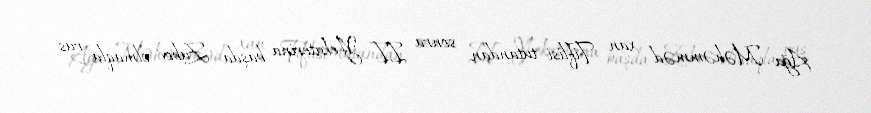
Ağa Məhəmməd xan Tiflisi tutandan sonra II Yekaterina başda Zubov olmaqla rus